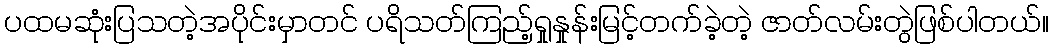
ပထမဆုံးပြသတဲ့အပိုင်းမှာတင် ပရိသတ်ကြည့်ရှုနှုန်းမြင့်တက်ခဲ့တဲ့ ဇာတ်လမ်းတွဲဖြစ်ပါတယ်။